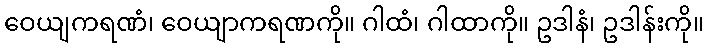
ဝေယျကရဏံ၊ ဝေယျာကရဏကို။ ဂါထံ၊ ဂါထာကို။ ဥဒါနံ၊ ဥဒါန်းကို။